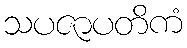
သပဇာပတိကံ